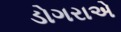
ડોગરાએ